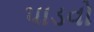
પાડવો